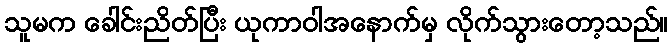
သူမက ခေါင်းညိတ်ပြီး ယုကာဝါအနောက်မှ လိုက်သွားတော့သည်။